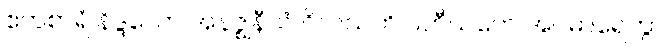
ဧကစာရံ နိဒ္ဒယော အနဇ္ဈနီယံ ဝိလသတိ ပဟီယတေ အဝဓာရေတွာ